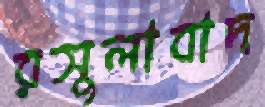
রসুলাবাদ